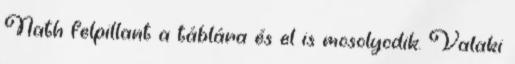
Nath felpillant a táblára és el is mosolyodik. Valaki